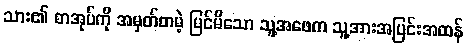
သား၏ စာအုပ်ကို အမှတ်တမဲ့ မြင်မိသော သူ့အဖေက သူ့အားအပြင်းအထန်